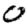
Digit: 0